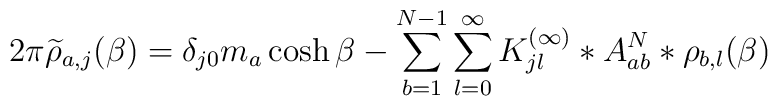
2\pi \widetilde{\rho}_{a,j}(\beta) = \delta_{j0} m_a \cosh\beta -\sum_{b=1}^{N-1}\sum_{l=0}^\infty {K^{(\infty)}_{jl}}*A_{ab}^{N} * \rho_{b,l} (\beta)